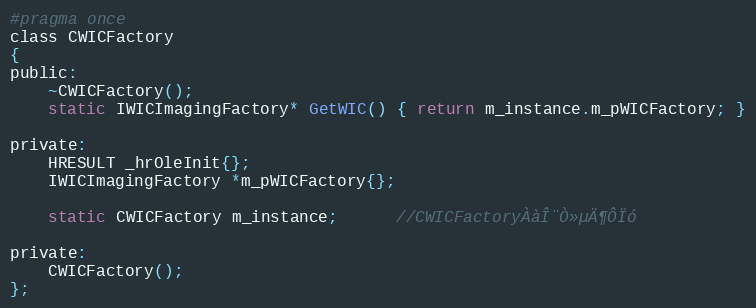
Language: C
#pragma once
class CWICFactory
{
public:
    ~CWICFactory();
    static IWICImagingFactory* GetWIC() { return m_instance.m_pWICFactory; }

private:
    HRESULT _hrOleInit{};
    IWICImagingFactory *m_pWICFactory{};

    static CWICFactory m_instance;      //CWICFactoryÀàÎ¨Ò»µÄ¶ÔÏó

private:
    CWICFactory();
};